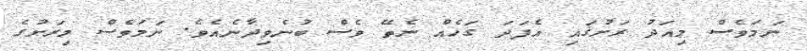
ނަމަވެސް މިއަދު ރަށުގައި އެފަދަ ގަހެއް ނެތޭ ވެސް ބުނެވިދާނެއެވެ. ނަމަވެސް މިރަށުގެ